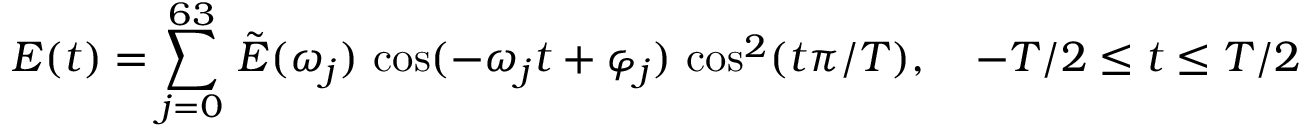
E ( t ) = \sum _ { j = 0 } ^ { 6 3 } \, \tilde { E } ( \omega _ { j } ) \, \cos ( - \omega _ { j } t + \varphi _ { j } ) \, \cos ^ { 2 } ( t \pi / T ) , \quad - T / 2 \leq t \leq T / 2